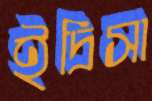
ইদ্রিসা